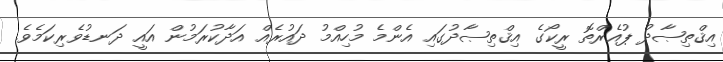
އިޤްތިޞާދު ޕުއެރްތޮ ރީކޯގެ އިޤްތިޞާދުގައިި އެންމެ މުހިއްމު ދައުރެއް އަދާކުރަމުން އައީ ދަނޑުވެރިކަމެވެ.